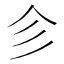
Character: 㐱